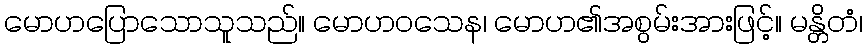
မောဟပြောသောသူသည်။ မောဟဝသေန၊ မောဟ၏အစွမ်းအားဖြင့်။ မန္တိတံ၊